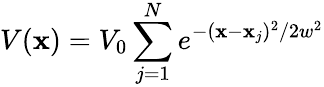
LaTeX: V(\mathbf{x})=V_{0}\sum_{j=1}^{N}{e^{-(\mathbf{x}-\mathbf{x}_{j})^{2}/2w^{2}}}